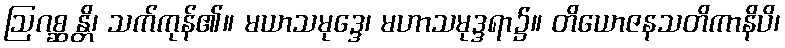
ဩဂစ္ဆန္တိ၊ သက်ကုန်၏။ မယာသမုဒ္ဒေ၊ မဟာသမုဒ္ဒရာ၌။ တိယောဇနသတိကာနိပိ၊